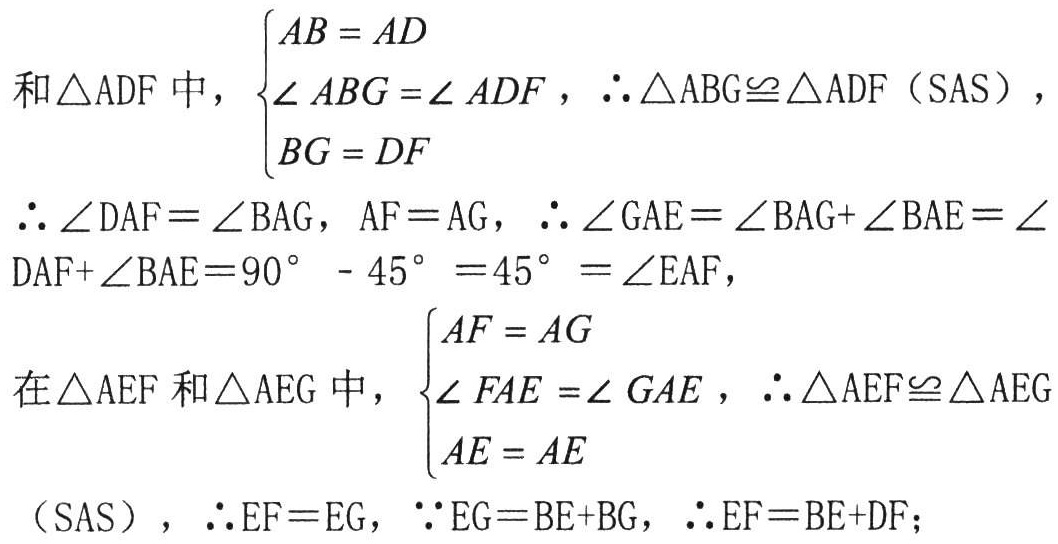
和\(\triangle ADF\)中，\(\begin{cases}AB = AD\\\angle ABG=\angle ADF\\BG = DF\end{cases}\)，\(\therefore\triangle ABG\cong\triangle ADF\)（SAS），
\(\therefore\angle DAF = \angle BAG\)，\(AF = AG\)，\(\therefore\angle GAE=\angle BAG+\angle BAE=\angle DAF+\angle BAE = 90^{\circ}-45^{\circ}=45^{\circ}=\angle EAF\)，
在\(\triangle AEF\)和\(\triangle AEG\)中，\(\begin{cases}AF = AG\\\angle FAE=\angle GAE\\AE = AE\end{cases}\)，\(\therefore\triangle AEF\cong\triangle AEG\)（SAS），\(\therefore EF = EG\)，\(\because EG=BE + BG\)，\(\therefore EF=BE + DF\)；